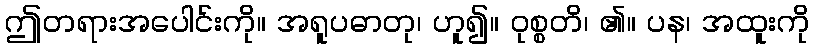
ဤတရားအပေါင်းကို။ အရူပဓာတု၊ ဟူ၍။ ဝုစ္စတိ၊ ၏။ ပန၊ အထူးကို